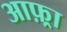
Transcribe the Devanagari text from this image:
आफ़्रा